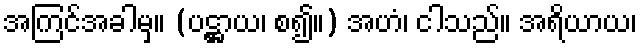
အကြင်အခါမှ။ (ပဋ္ဌာယ၊ စ၍။) အဟံ၊ ငါသည်။ အရိယာယ၊